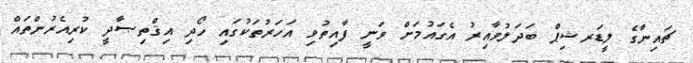
ޗައިނާގެ ލީޑަރޝިޕް ބަދަލުވާއިރު އެގައުމަށް ވަނީ ފާއިތުވި އަހަރުތަކުގައި ހޯދި އިޤްތިޞާދީ ކުރިއެރުންތައް